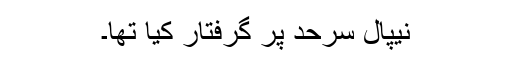
نیپال سرحد پر گرفتار کیا تھا۔